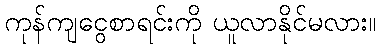
ကုန်ကျငွေစာရင်းကို ယူလာနိုင်မလား။